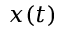
x ( t )